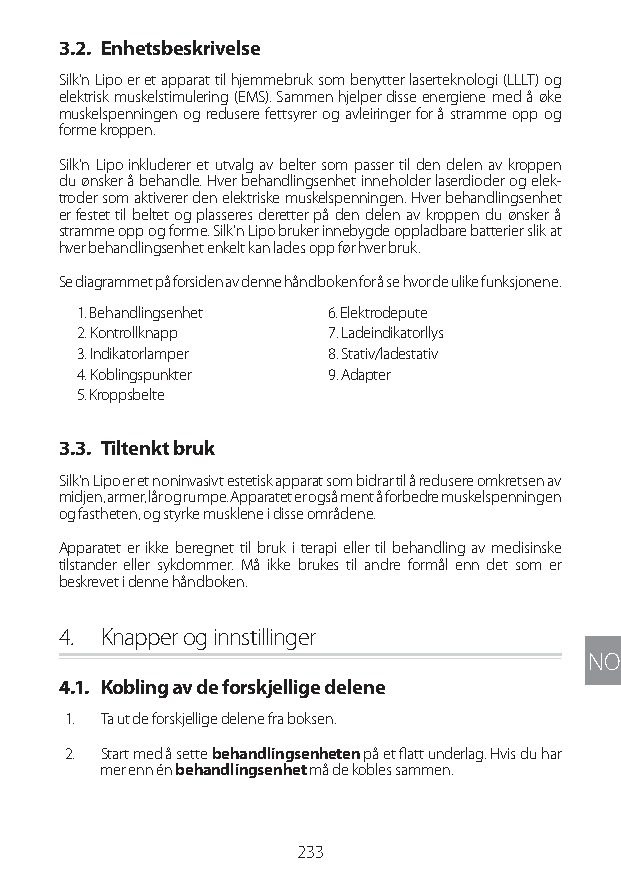
3.2. Enhetsbeskrivelse
 Silk'n Lipo er et apparat til hjemmebruk som benytter laserteknologi (LLLT) og
 elektrisk muskelstimulering (EMS). Sammen hjelper disse energiene med å øke
 muskelspenningen og redusere fettsyrer og avleiringer for å stramme opp og
 forme kroppen.
 Silk'n Lipo inkluderer et utvalg av belter som passer til den delen av kroppen
 du ønsker å behandle. Hver behandlingsenhet inneholder laserdioder og elek-
 troder som aktiverer den elektriske muskelspenningen. Hver behandlingsenhet
 er festet til beltet og plasseres deretter på den delen av kroppen du ønsker å
 stramme opp og forme. Silk'n Lipo bruker innebygde oppladbare batterier slik at
 hver behandlingsenhet enkelt kan lades opp før hver bruk.
 Se diagrammet på forsiden av denne håndboken for å se hvor de ulike funksjonene.
 1. Behandlingsenhet 6. Elektrodepute
 2. Kontrollknapp 7. Ladeindikatorllys
 3. Indikatorlamper 8. Stativ/ladestativ
 4. Koblingspunkter 9. Adapter
 5. Kroppsbelte
 3.3. Tiltenkt bruk
 Silk'n Lipo er et noninvasivt estetisk apparat som bidrar til å redusere omkretsen av
 midjen, armer, lår og rumpe. Apparatet er også ment å forbedre muskelspenningen
 og fastheten, og styrke musklene i disse områdene.
 Apparatet er ikke beregnet til bruk i terapi eller til behandling av medisinske
 tilstander eller sykdommer. Må ikke brukes til andre formål enn det som er
 beskrevet i denne håndboken.
 4. Knapper og innstillinger
 NO
 4.1. Kobling av de forskjellige delene
 1. Ta ut de forskjellige delene fra boksen.
 2. Start med å sette behandlingsenheten på et flatt underlag. Hvis du har
 mer enn én behandlingsenhet må de kobles sammen.
 233
 Lipo UM EU124 3545B inside ALL EU124 ED296-24 release.indd 233 14/08/2018 10:57:46